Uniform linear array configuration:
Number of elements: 16
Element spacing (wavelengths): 0.75
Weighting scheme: blackman
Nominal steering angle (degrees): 45
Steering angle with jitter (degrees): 43.889
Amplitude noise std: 0.05
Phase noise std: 0.05

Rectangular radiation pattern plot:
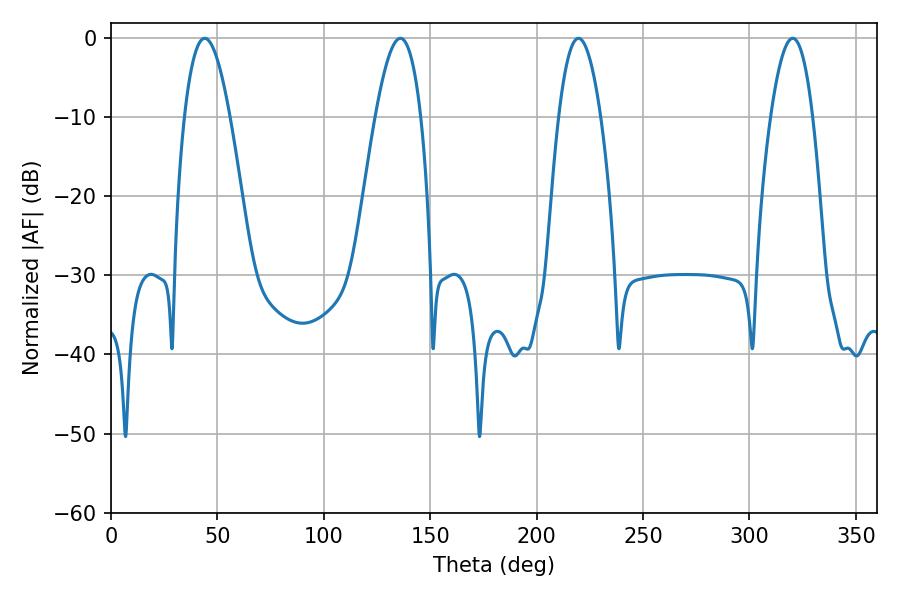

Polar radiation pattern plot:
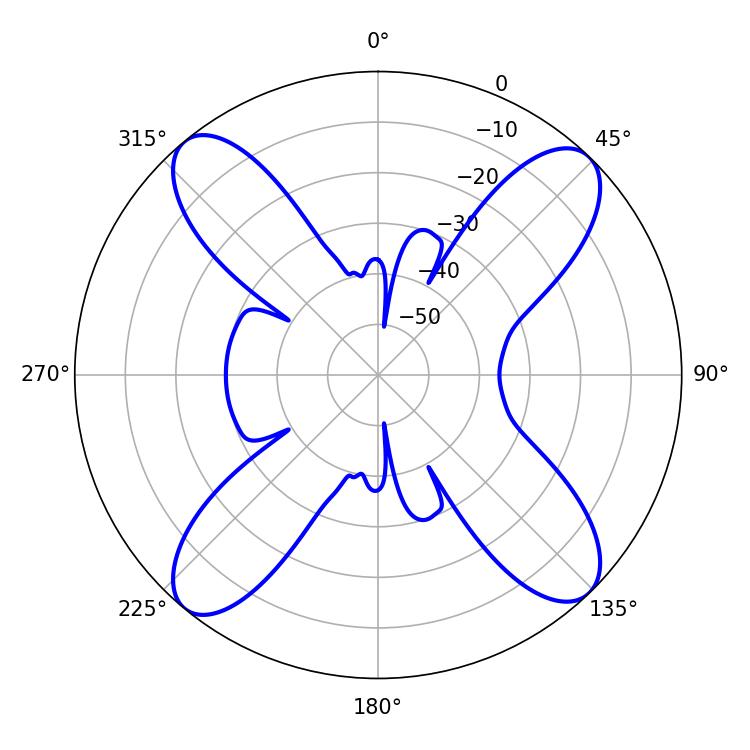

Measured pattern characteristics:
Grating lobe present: TRUE
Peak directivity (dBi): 16.235
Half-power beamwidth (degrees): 10.98
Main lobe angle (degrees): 219.6